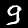
Digit: 9